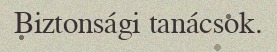
Biztonsági tanácsok.